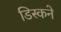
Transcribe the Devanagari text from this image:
डिस्कने